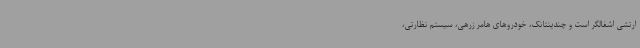
ارتشی اشغالگر است و چندینتانک، خودروهای هامر زرهی، سیستم نظارتی،